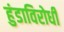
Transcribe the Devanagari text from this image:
हुंडाविरोधी